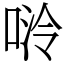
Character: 𫪬